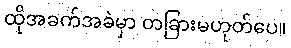
ထိုအခက်အခဲမှာ တခြားမဟုတ်ပေ။